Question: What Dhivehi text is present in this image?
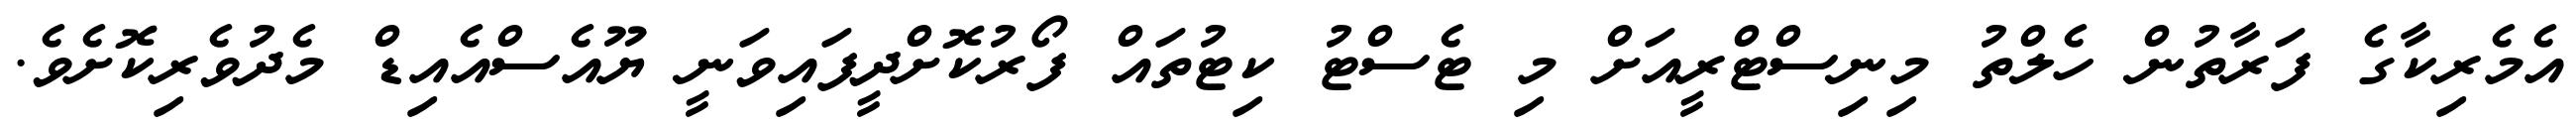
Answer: އެމެރިކާގެ ފަރާތުން ހެލްތު މިނިސްޓްރީއަށް މި ޓެސްޓު ކިޓުތައް ފޯރުކޮށްދީފައިވަނީ ޔޫއެސްއެއިޑް މެދުވެރިކޮށެވެ.